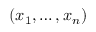
( x _ { 1 } , \ldots , x _ { n } )